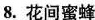
8.花间蜜蜂